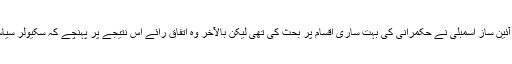
حصول آزادی کے بعد آئین ساز اسمبلی نے حکمرانی کی بہت ساری اقسام پر بحث کی تھی لیکن بالآخر وہ اتفاق رائے اس نتیجے پر پہنچے کہ سکیولر سیاست سب سے بہتر ہے۔